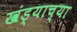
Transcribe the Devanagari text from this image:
खंड्याच्या